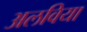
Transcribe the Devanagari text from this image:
अलविया